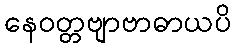
နေဝတ္တဗျာဗာဓာယပိ